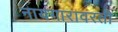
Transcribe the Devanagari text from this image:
नायगारावरती